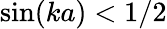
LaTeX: \sin(ka)<1/2